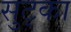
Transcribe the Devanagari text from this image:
सुट्का